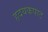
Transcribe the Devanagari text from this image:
हृदयकपाट